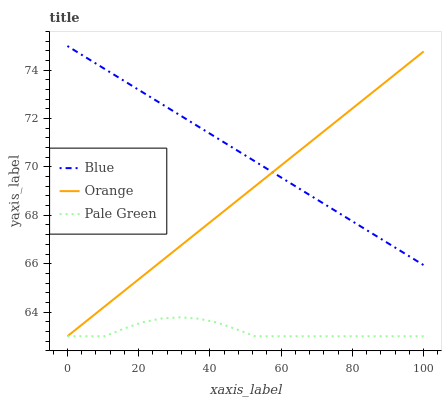
| xaxis_label | Blue | Orange | Pale Green |
 | --- | --- | --- | --- |
 | 0 | 75 | 63 | 63 |
 | 5.26 | 74.5 | 63.6 | 63 |
 | 10.5 | 74 | 64.2 | 63 |
 | 15.8 | 73.6 | 64.9 | 63.3 |
 | 21.1 | 73.1 | 65.5 | 63.6 |
 | 26.3 | 72.6 | 66.1 | 63.7 |
 | 31.6 | 72.1 | 66.7 | 63.8 |
 | 36.8 | 71.7 | 67.3 | 63.7 |
 | 42.1 | 71.2 | 68 | 63.6 |
 | 47.4 | 70.7 | 68.6 | 63.3 |
 | 52.6 | 70.2 | 69.2 | 63 |
 | 57.9 | 69.8 | 69.8 | 63 |
 | 63.2 | 69.3 | 70.4 | 63 |
 | 68.4 | 68.8 | 71.1 | 63 |
 | 73.7 | 68.3 | 71.7 | 63 |
 | 78.9 | 67.8 | 72.3 | 63 |
 | 84.2 | 67.4 | 72.9 | 63 |
 | 89.5 | 66.9 | 73.5 | 63 |
 | 94.7 | 66.4 | 74.2 | 63 |
 | 100 | 65.9 | 74.8 | 63 |